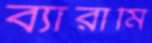
ব্যারামি